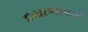
દયાભાવના